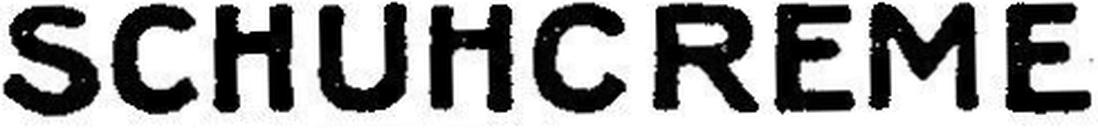
SCHUHCRÊME